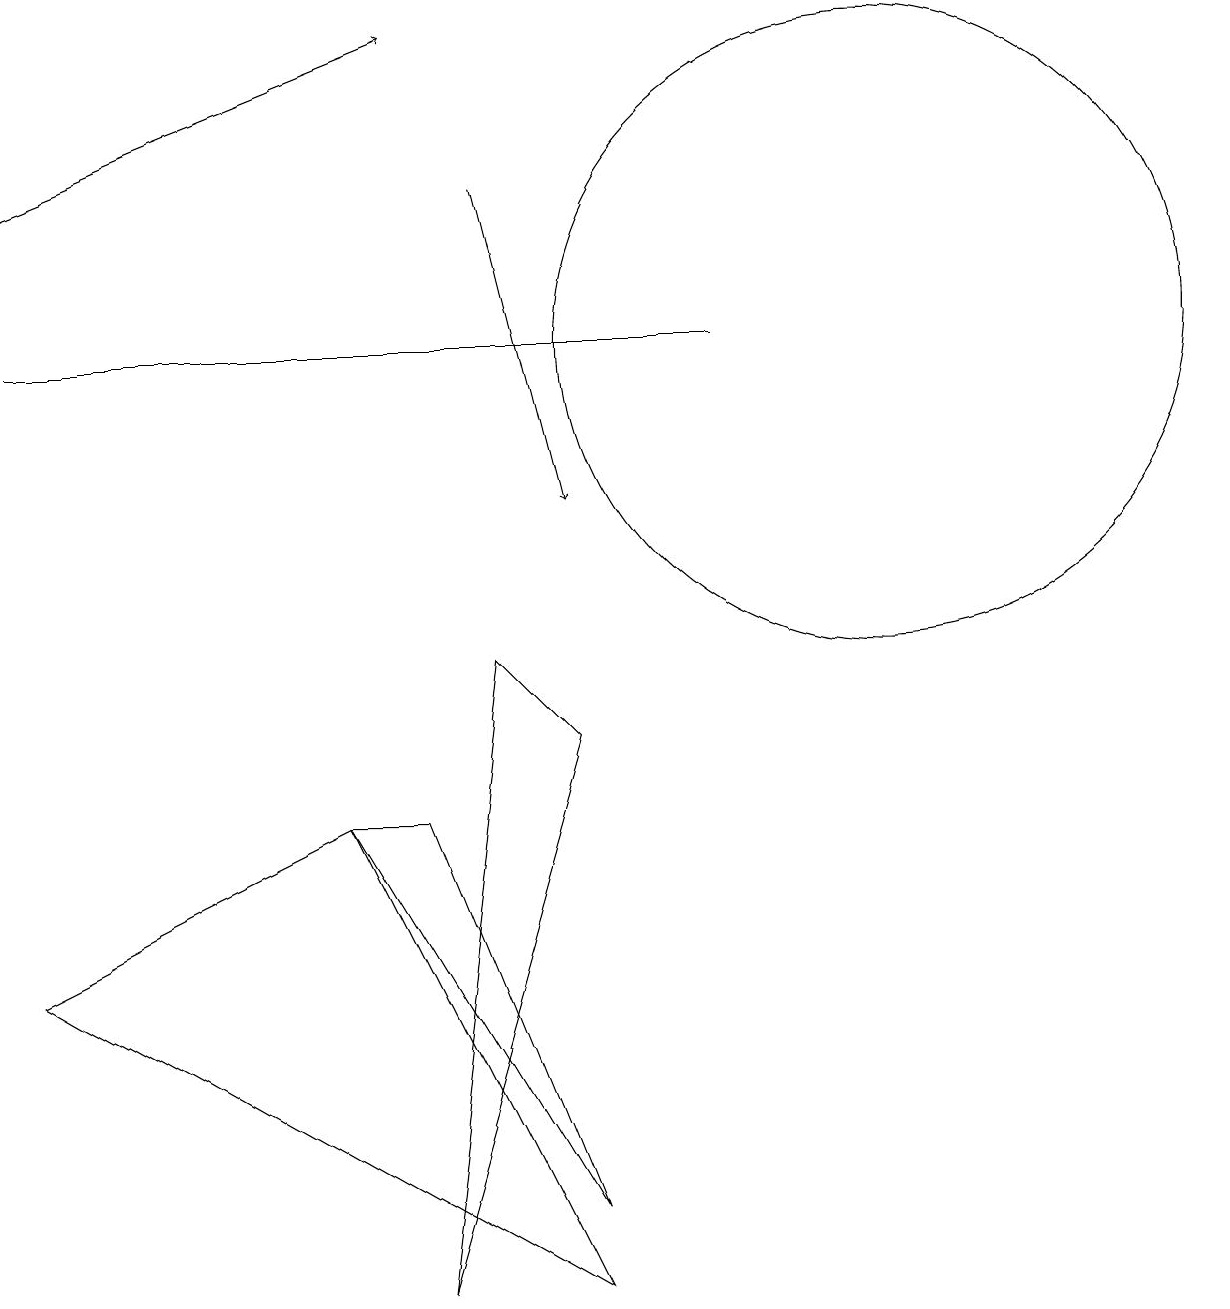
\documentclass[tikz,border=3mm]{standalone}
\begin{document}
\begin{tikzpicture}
\draw (0,12) rectangle (9,12);
\draw[->] (6,14) -- (7,10);
\draw (5,0) -- (7,7) -- (6,8) -- cycle;
\draw (4,6) -- (5,6) -- (7,1) -- cycle;
\draw (4,6) -- (0,4) -- (7,0) -- cycle;
\draw[->] (0,14) -- (5,16);
\draw (11,12) circle (4);
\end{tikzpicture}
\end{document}